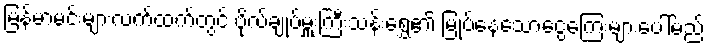
မြန်မာမင်းများလက်ထက်တွင် ဗိုလ်ချုပ်မှူးကြီးသန်းရွှေ၏ မြုပ်နေသောငွေကြေးများပေါ်မည်